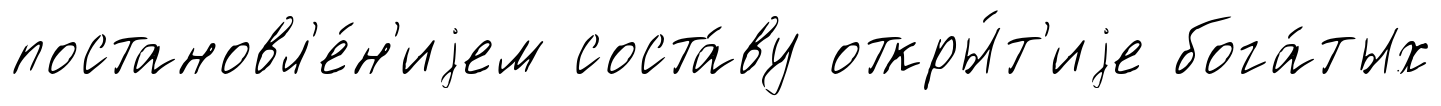
постановл'е́н'иjем соста́ву откры́т'иjе бога́тых